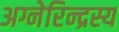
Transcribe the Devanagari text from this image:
अग्नेरिन्द्रस्य